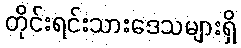
တိုင်းရင်းသားဒေသများရှိ